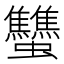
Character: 𧖝